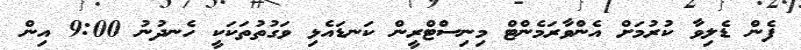
ފެން ޑެލިވާ ކުރުމަށް އެންވާރަމެންޓް މިނިސްޓްރީން ކަނޑައެޅި ވަގުތުތަކަކީ ހެނދުނު 9:00 އިން